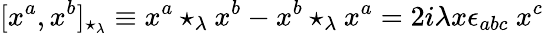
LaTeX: [x^{a},x^{b}]_{\star_{\lambda}}\equiv x^{a}\star_{\lambda}x^{b}-x^{b}\star_{\lambda}x^{a}=2i\lambda x\epsilon_{abc}\ x^{c}